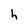
Character: h